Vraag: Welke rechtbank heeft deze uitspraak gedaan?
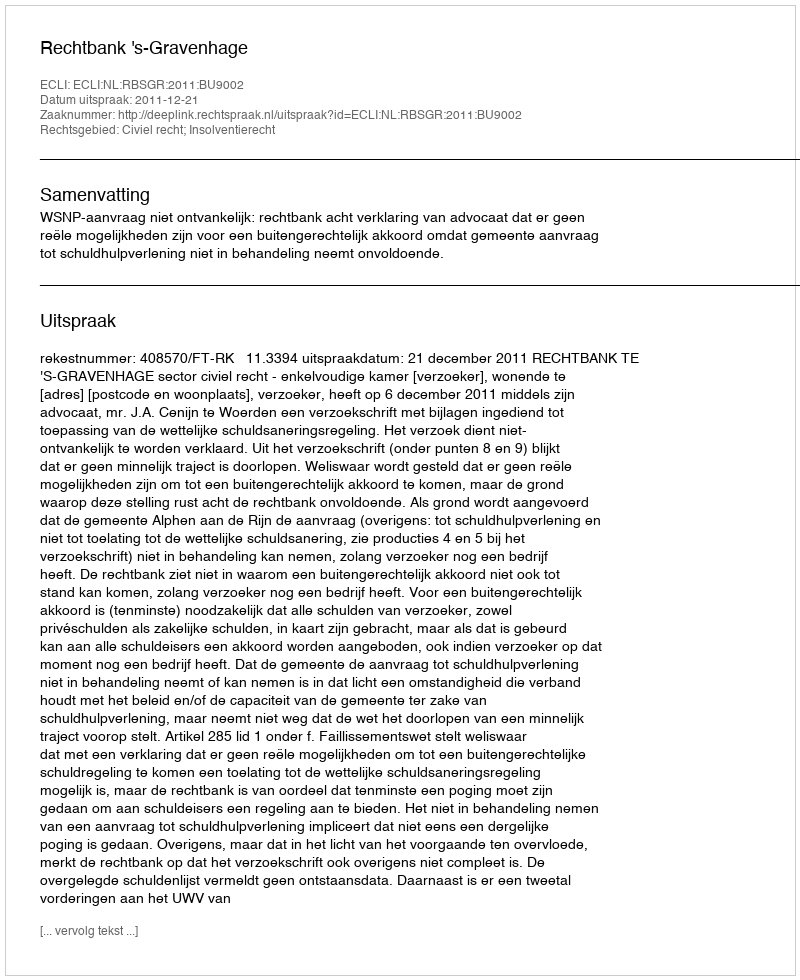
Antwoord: Rechtbank 's-Gravenhage